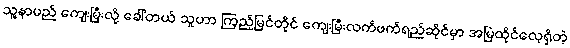
သူ့နာမည် ကျေးမြီးလို့ ခေါ်တယ် သူဟာ ကြည့်မြင်တိုင် ကျေးမြီးလက်ဖက်ရည်ဆိုင်မှာ အမြဲထိုင်လေ့ရှိတဲ့